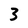
Character: 3